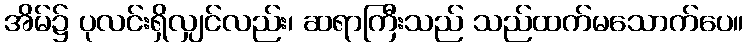
အိမ်၌ ပုလင်းရှိလျှင်လည်း၊ ဆရာကြီးသည် သည်ထက်မသောက်ပေ။